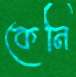
কেনি